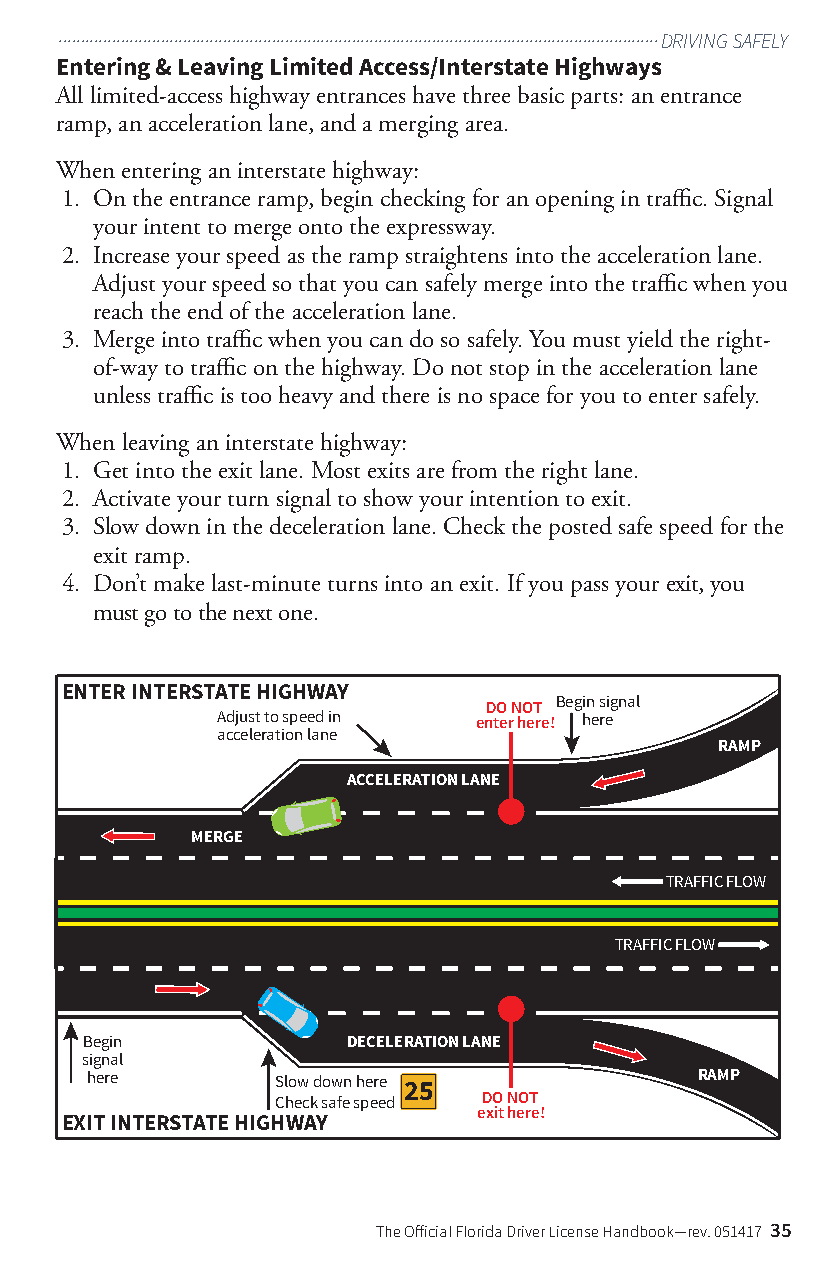
.......................................................................................................................................DRIVING SAFELY
 Entering & Leaving Limited Access/Interstate Highways
 All limited-access highway entrances have three basic parts: an entrance
 ramp, an acceleration lane, and a merging area.
 When entering an interstate highway:
 1. On the entrance ramp, begin checking for an opening in traffic. Signal
 your intent to merge onto the expressway.
 2. Increase your speed as the ramp straightens into the acceleration lane.
 Adjust your speed so that you can safely merge into the traffic when you
 reach the end of the acceleration lane.
 3. Merge into traffic when you can do so safely. You must yield the right-
 of-way to traffic on the highway. Do not stop in the acceleration lane
 unless traffic is too heavy and there is no space for you to enter safely.
 When leaving an interstate highway:
 1. Get into the exit lane. Most exits are from the right lane.
 2. Activate your turn signal to show your intention to exit.
 3. Slow down in the deceleration lane. Check the posted safe speed for the
 exit ramp.
 4. Don’t make last-minute turns into an exit. If you pass your exit, you
 must go to the next one.
 ENTER INTERSTATE HIGHWAY
 Begin signal
 DO NOT
 Adjust to speed in enter here! here
 acceleration lane
 RAMP
 ACCELERATION LANE
 MERGE
 TRAFFIC FLOW
 TRAFFIC FLOW
 Begin             DECELERATION LANE
 signal
 here        Slow down here              RAMP
 25
 Check safe speed DO NOT
 exit here!
 EXIT INTERSTATE HIGHWAY
 The Official Florida Driver License Handbook—rev. 051417 35